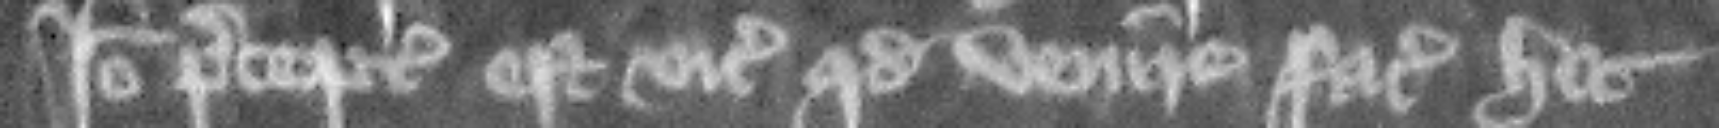
Ideo preceptum est vicecomiti quod venire faciat hic.